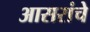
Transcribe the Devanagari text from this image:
आसरांचे